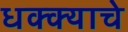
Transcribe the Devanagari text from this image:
धक्क्याचे